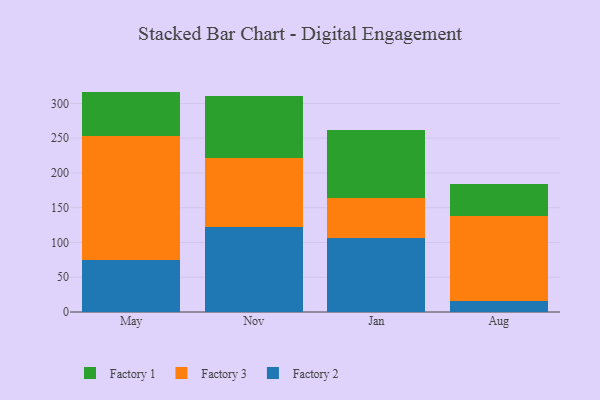
{"axis": {"x": "Month", "y": "Humidity (%)"}, "legend": ["Factory 1", "Factory 2", "Factory 3"], "data": [{"x": "May", "y": 74.5, "type": "Factory 2"}, {"x": "May", "y": 179.1, "type": "Factory 3"}, {"x": "May", "y": 63.4, "type": "Factory 1"}, {"x": "Nov", "y": 122.0, "type": "Factory 2"}, {"x": "Nov", "y": 99.7, "type": "Factory 3"}, {"x": "Nov", "y": 89.2, "type": "Factory 1"}, {"x": "Jan", "y": 107.1, "type": "Factory 2"}, {"x": "Jan", "y": 56.4, "type": "Factory 3"}, {"x": "Jan", "y": 98.9, "type": "Factory 1"}, {"x": "Aug", "y": 15.6, "type": "Factory 2"}, {"x": "Aug", "y": 122.9, "type": "Factory 3"}, {"x": "Aug", "y": 45.8, "type": "Factory 1"}]}